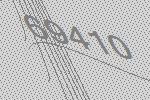
69410